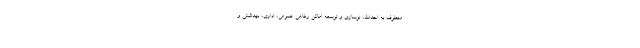
معطوف به احداث، نوسازی و توسعه اماکن رفاهی عمومی، اداری، بهداشتی و